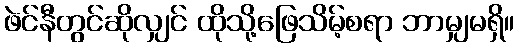
ဖဲင်နီတွင်ဆိုလျှင် ထိုသို့ဖြေသိမ့်စရာ ဘာမျှမရှိ။